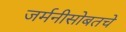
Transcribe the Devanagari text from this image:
जर्मनीसोबतचे